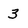
Character: 3